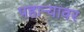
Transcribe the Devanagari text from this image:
पहाऱ्यावर